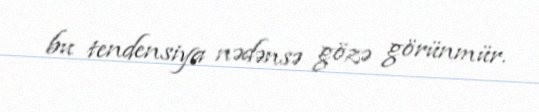
bu tendensiya nədənsə gözə görünmür.